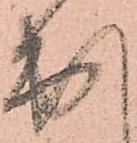
出